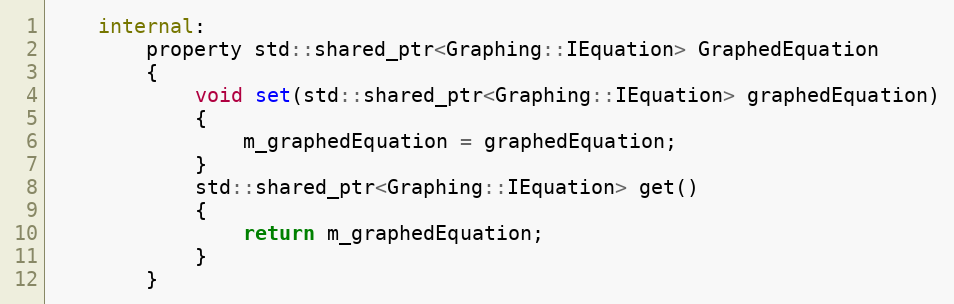
Language: C
    internal:
        property std::shared_ptr<Graphing::IEquation> GraphedEquation
        {
            void set(std::shared_ptr<Graphing::IEquation> graphedEquation)
            {
                m_graphedEquation = graphedEquation;
            }
            std::shared_ptr<Graphing::IEquation> get()
            {
                return m_graphedEquation;
            }
        }